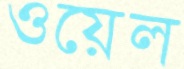
ওয়েল